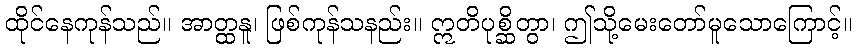
ထိုင်နေကုန်သည်။ အာတ္ထနူ၊ ဖြစ်ကုန်သနည်း။ ဣတိပုစ္ဆိတွာ၊ ဤသို့မေးတော်မူသောကြောင့်။